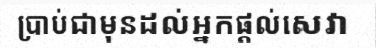
ប្រាប់ជាមុនដល់អ្នកផ្តល់សេវា